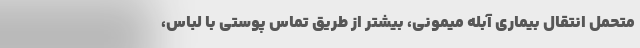
متحمل انتقال بیماری آبله میمونی، بیشتر از طریق تماس پوستی با لباس،